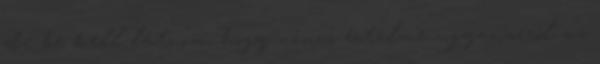
de be kell látnom, hogy nincs értelme ugyanarról az